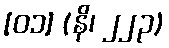
[၀၁] (နိ၊ ၂၂၃)